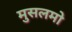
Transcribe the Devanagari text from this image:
मुसलमो